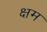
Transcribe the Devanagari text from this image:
क्षम